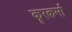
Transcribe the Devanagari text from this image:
कॄरकर्मा